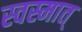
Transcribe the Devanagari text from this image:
स्वस्मात्